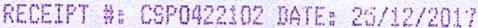
RECEIPT #: CSP0422102 DATE: 25/12/2017